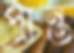
প্রান্ত